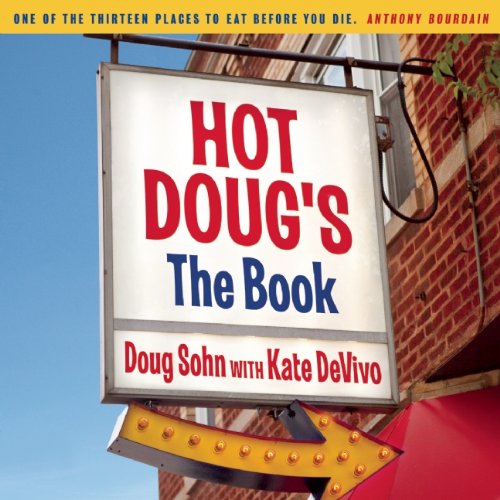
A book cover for Hot Doug's: The Book; Doug Sohn; Cookbooks, Food & Wine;